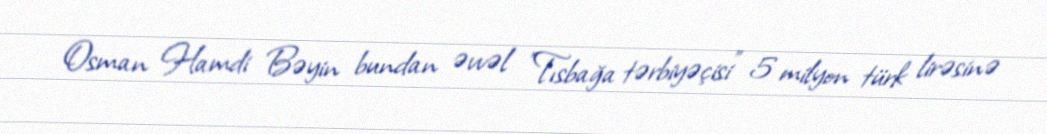
Osman Hamdi Bəyin bundan əvvəl "Tısbağa tərbiyəçisi" 5 milyon türk lirəsinə